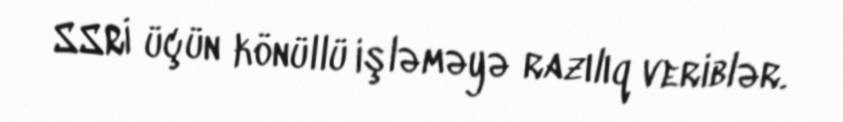
SSRİ üçün könüllü işləməyə razılıq veriblər.